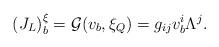
LaTeX: \begin{align*}(J_L)_b^\xi=\mathcal{G}(v_b,\xi_Q)=g_{ij}v^i_b \Lambda^j. \end{align*}